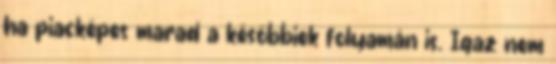
ha piacképes marad a későbbiek folyamán is. Igaz nem